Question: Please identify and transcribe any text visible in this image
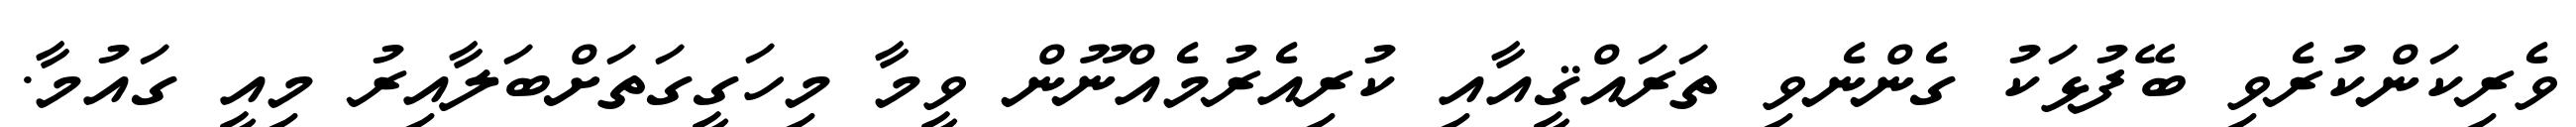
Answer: ވެރިކަންކުރެވި ބޭފުޅަކު ގެންނެވި ތަރައްޤީއާއި ކުރިއެރުމެއްނޫން ވީމާ މިހަގީގަތަށްބަލާއިރު މިއީ ގައުމާ.